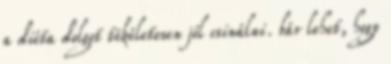
a diéta dolgot tökéletesen jól csinálni. bár lehet, hogy